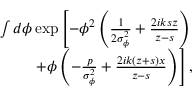
\begin{array} { r l r } { \int d \phi \exp \left[ - \phi ^ { 2 } \left( \frac { 1 } { 2 \sigma _ { \phi } ^ { 2 } } + \frac { 2 i k s z } { z - s } \right) \right. } & { { } } & { } \\ { \quad \left. + \phi \left( - \frac { p } { \sigma _ { \phi } ^ { 2 } } + \frac { 2 i k ( z + s ) x } { z - s } \right) \right] , } & { { } } & { } \end{array}